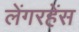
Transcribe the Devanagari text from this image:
लेंगरहेंस